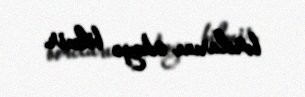
borclarını ödəyə bilmir.